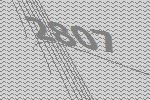
2807